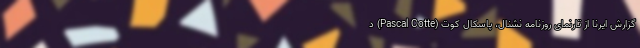
گزارش ایرنا از تارنمای روزنامه نشنال، پاسکال کوت (Pascal Cotte) د